Document type: Sale
Year: 1435
Scribe: Pere Soler
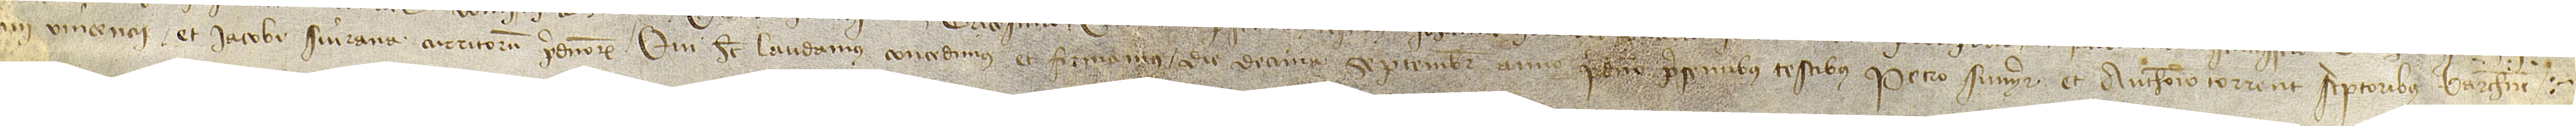
nii Vincencii et Iacobi Siurana, curritorum predictorum, qui hec laudamus, concedimus et firmamus die decima septembris, anno predicto, presentibus testibus Petro Sunyer et Anthonio Torrent, scriptoribus Barchinone.